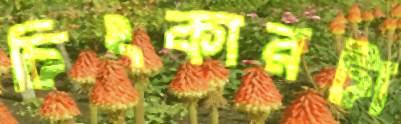
চিৎকারটা